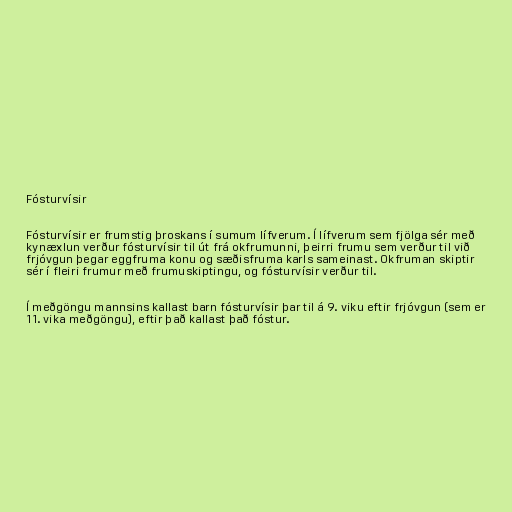
Fósturvísir

Fósturvísir er frumstig þroskans í sumum lífverum. Í lífverum sem fjölga sér með
kynæxlun verður fósturvísir til út frá okfrumunni, þeirri frumu sem verður til við
frjóvgun þegar eggfruma konu og sæðisfruma karls sameinast. Okfruman skiptir
sér í fleiri frumur með frumuskiptingu, og fósturvísir verður til.

Í meðgöngu mannsins kallast barn fósturvísir þar til á 9. viku eftir frjóvgun (sem er
11. vika meðgöngu), eftir það kallast það fóstur.